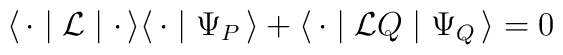
\langle \, {\bf \cdot} \mid {\cal L} \mid  {\bf \cdot} \, \rangle \langle \, {\bf \cdot} \mid \Psi_P \, \rangle + \langle \, {\bf \cdot} \mid {\cal L} Q \mid \Psi_Q \, \rangle = 0